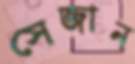
সেজান